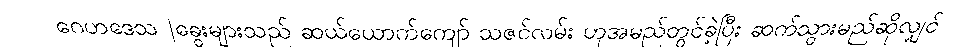
ဂေဟဒေသ |ခွေးများသည် ဆယ်ယောက်ကျော် သဇင်လမ်း ဟုအမည်တွင်ခဲ့ပြီး ဆက်သွားမည်ဆိုလျှင်